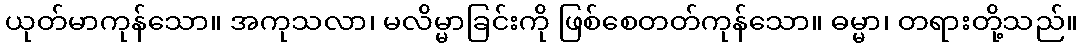
ယုတ်မာကုန်သော။ အကုသလာ၊ မလိမ္မာခြင်းကို ဖြစ်စေတတ်ကုန်သော။ ဓမ္မာ၊ တရားတို့သည်။